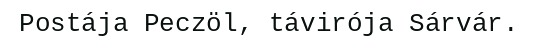
Postája Peczöl, távirója Sárvár.